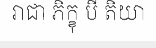
រាជា ភិក្ខុ បី តិយា